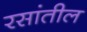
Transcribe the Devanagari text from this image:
रसांतील